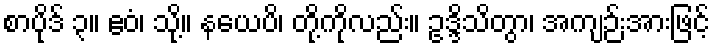
စာပိုဒ် ၃။ ဧဝံ၊ သို့။ နယေပိ၊ တို့ကိုလည်း။ ဥဒ္ဒိသိတွာ၊ အကျဉ်းအားဖြင့်